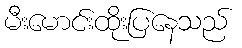
မီးမောင်းထိုးပြနေသည်